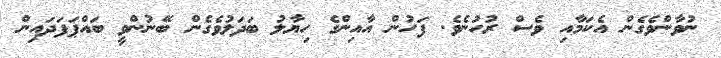
ނުވާންވެގެން އެކަމާއި ވެސް ރުހުނެވެ. ފަހުން އާއިންގެ ހިޔާލު ބަދަލުވެގެން ބޭނުންވީ ބައްޕަފަދައިން